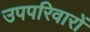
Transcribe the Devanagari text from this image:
उपपरिवारों